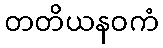
တတိယနဝကံ